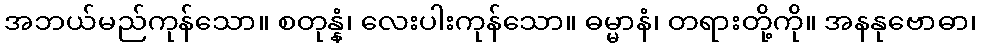
အဘယ်မည်ကုန်သော။ စတုန္နံ၊ လေးပါးကုန်သော။ ဓမ္မာနံ၊ တရားတို့ကို။ အနနုဗောဓာ၊